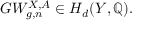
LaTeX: G W _ { g , n } ^ { X , A } \in H _ { d } ( Y , \mathbb { Q } ) .